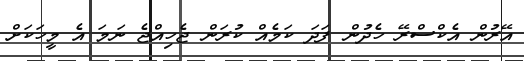
އޭރުން އެކްސްރޭ ހެދުން ފަދަ ކަމެއް ކުރަން ޖެހިއްޖެ ނަމަ އެ މީހަކަށް